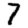
Digit: 7